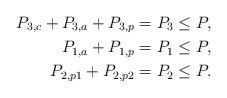
LaTeX: \begin{align*}P_{3,c}+P_{3,a} + P_{3,p} = P_3 &\leq P, \\P_{1,a} + P_{1,p} = P_1 &\leq P, \\P_{2,p1}+P_{2,p2} = P_2 &\leq P. \end{align*}